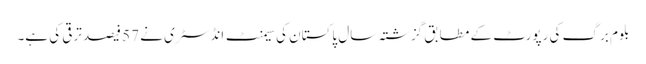
بلوم برگ کی رپورٹ کے مطابق گزشتہ سال پاکستان کی سیمنٹ انڈسٹری نے 57 فیصد ترقی کی ہے۔